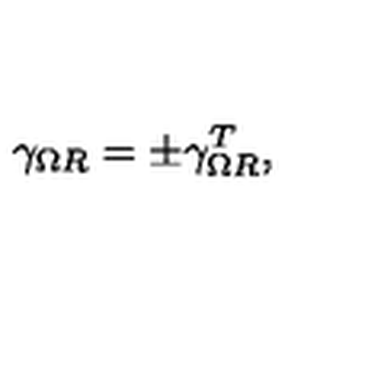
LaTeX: \gamma _ { \Omega R } = \pm \gamma _ { \Omega R } ^ { T } ,